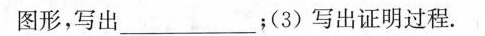
图形，写出___；(3)写出证明过程。